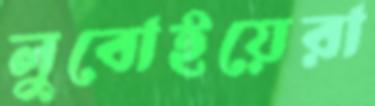
লুবোইয়েরা